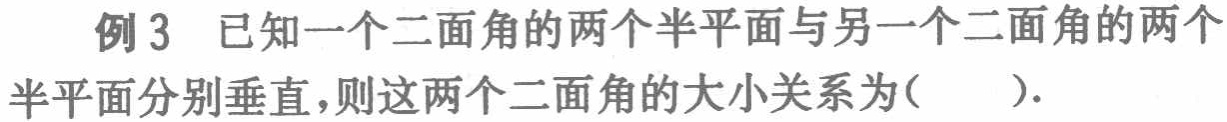
例 3 已知一个二面角的两个半平面与另一个二面角的两个半平面分别垂直，则这两个二面角的大小关系为(  ).